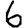
Digit: 6